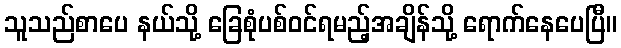
သူသည်စာပေ နယ်သို့ ခြေစုံပစ်ဝင်ရမည့်အချိန်သို့ ရောက်နေပေပြီ။